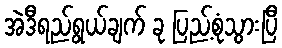
အဲဒီရည်ရွယ်ချက် ခု ပြည့်စုံသွားပြီ